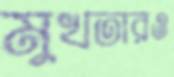
মুখতারও